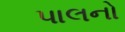
પાલનો